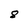
Character: 8